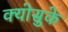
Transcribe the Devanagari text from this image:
क्योसुके